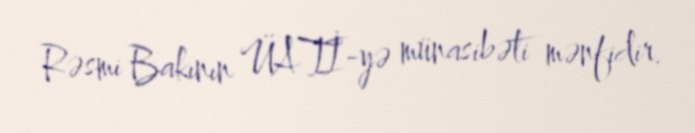
Rəsmi Bakının ÜATİ-yə münasibəti mənfidir.